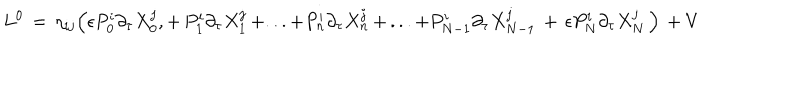
L ^ { 0 } \, = \, \eta _ { i j } \Big ( \epsilon P _ { 0 } ^ { i } \partial _ { \tau } X _ { 0 } ^ { j } , + \, P _ { 1 } ^ { i } \partial _ { \tau } X _ { 1 } ^ { j } \, + . . . + P _ { n } ^ { i } \partial _ { \tau } X _ { n } ^ { j } \, + \, . . . + P _ { N - 1 } ^ { i } \partial _ { \tau } X _ { N - 1 } ^ { j } \, + \, \epsilon P _ { N } ^ { i } \partial _ { \tau } X _ { N } ^ { j } \, \Big ) \, + V